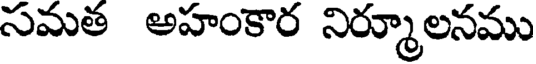
సమత అహంకార నిర్మూలనము